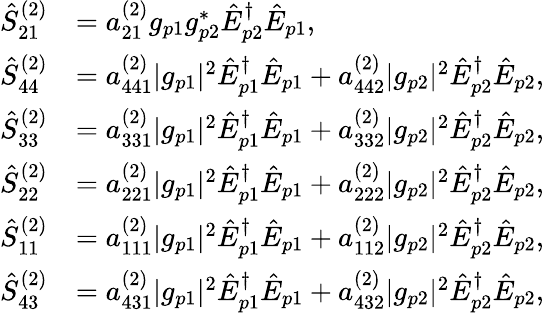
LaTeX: \begin{array}{rl}{\hat{S}_{21}^{(2)}}&{=a_{21}^{(2)}g_{p1}g_{p2}^{\ast}\hat{E}_{p2}^{\dagger}\hat{E}_{p1},}\\ {\hat{S}_{44}^{(2)}}&{=a_{441}^{(2)}|g_{p1}|^{2}\hat{E}_{p1}^{\dagger}\hat{E}_{p1}+a_{442}^{(2)}|g_{p2}|^{2}\hat{E}_{p2}^{\dagger}\hat{E}_{p2},}\\ {\hat{S}_{33}^{(2)}}&{=a_{331}^{(2)}|g_{p1}|^{2}\hat{E}_{p1}^{\dagger}\hat{E}_{p1}+a_{332}^{(2)}|g_{p2}|^{2}\hat{E}_{p2}^{\dagger}\hat{E}_{p2},}\\ {\hat{S}_{22}^{(2)}}&{=a_{221}^{(2)}|g_{p1}|^{2}\hat{E}_{p1}^{\dagger}\hat{E}_{p1}+a_{222}^{(2)}|g_{p2}|^{2}\hat{E}_{p2}^{\dagger}\hat{E}_{p2},}\\ {\hat{S}_{11}^{(2)}}&{=a_{111}^{(2)}|g_{p1}|^{2}\hat{E}_{p1}^{\dagger}\hat{E}_{p1}+a_{112}^{(2)}|g_{p2}|^{2}\hat{E}_{p2}^{\dagger}\hat{E}_{p2},}\\ {\hat{S}_{43}^{(2)}}&{=a_{431}^{(2)}|g_{p1}|^{2}\hat{E}_{p1}^{\dagger}\hat{E}_{p1}+a_{432}^{(2)}|g_{p2}|^{2}\hat{E}_{p2}^{\dagger}\hat{E}_{p2},}\end{array}